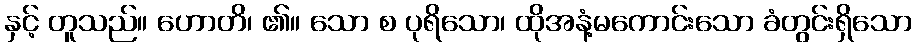
နှင့် တူသည်။ ဟောတိ၊ ၏။ သော စ ပုရိသော၊ ထိုအနံ့မကောင်းသော ခံတွင်းရှိသော